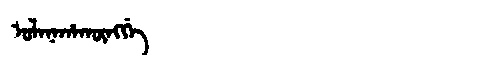
Manchu: ᡠᠯᠠᠨᠠᡥᠠᡴᡡᠩᡤᡝ
Romanization: ULANAHAKŪNGGE